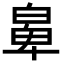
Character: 𤾁